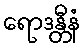
ရောဒန္တီနံ